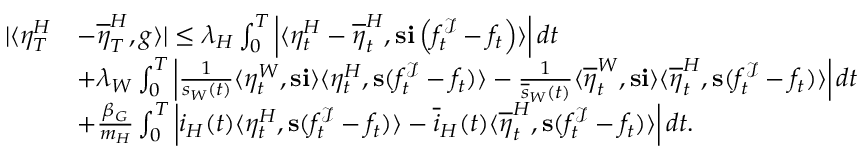
\begin{array} { r l } { | \langle \eta _ { T } ^ { H } } & { - \overline { { \eta } } _ { T } ^ { H } , g \rangle | \leq \lambda _ { H } \int _ { 0 } ^ { T } \left| \langle \eta _ { t } ^ { H } - \overline { { \eta } } _ { t } ^ { H } , \mathbf { s } \mathbf { i } \left( f _ { t } ^ { \mathcal { I } } - f _ { t } \right) \rangle \right| d t } \\ & { + \lambda _ { W } \int _ { 0 } ^ { T } \left| \frac { 1 } { s _ { W } ( t ) } \langle \eta _ { t } ^ { W } , \mathbf { s } \mathbf { i } \rangle \langle \eta _ { t } ^ { H } , \mathbf { s } ( f _ { t } ^ { \mathcal { I } } - f _ { t } ) \rangle - \frac { 1 } { \overline { { s } } _ { W } ( t ) } \langle \overline { { \eta } } _ { t } ^ { W } , \mathbf { s } \mathbf { i } \rangle \langle \overline { { \eta } } _ { t } ^ { H } , \mathbf { s } ( f _ { t } ^ { \mathcal { I } } - f _ { t } ) \rangle \right| d t } \\ & { + \frac { \beta _ { G } } { m _ { H } } \int _ { 0 } ^ { T } \left| i _ { H } ( t ) \langle \eta _ { t } ^ { H } , \mathbf { s } ( f _ { t } ^ { \mathcal { I } } - f _ { t } ) \rangle - \overline { { i } } _ { H } ( t ) \langle \overline { { \eta } } _ { t } ^ { H } , \mathbf { s } ( f _ { t } ^ { \mathcal { I } } - f _ { t } ) \rangle \right| d t . } \end{array}